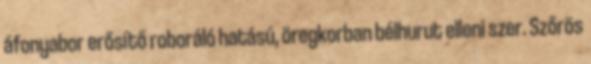
áfonyabor erősítő roboráló hatású, öregkorban bélhurut elleni szer. Szőrös